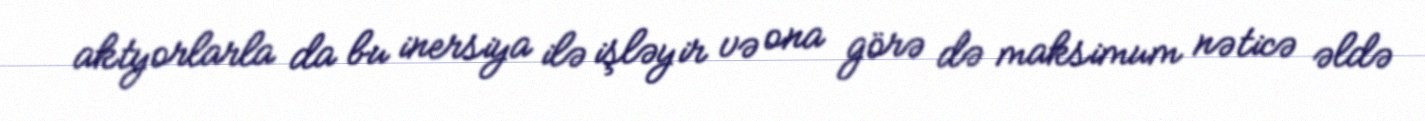
aktyorlarla da bu inersiya ilə işləyir və ona görə də maksimum nəticə əldə